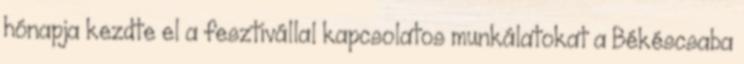
hónapja kezdte el a fesztivállal kapcsolatos munkálatokat a Békéscsaba